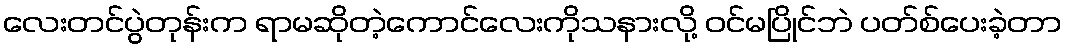
လေးတင်ပွဲတုန်းက ရာမဆိုတဲ့ကောင်လေးကိုသနားလို့ ဝင်မပြိုင်ဘဲ ပတ်စ်ပေးခဲ့တာ